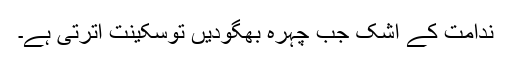
ندامت کے اشک جب چہرہ بھگودیں توسکینت اترتی ہے۔